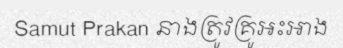
Samut Prakan នាងត្រូវគ្រូអះអាង